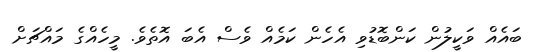
ބައެއް ވަކީލުން ކަންބޮޑުވި އެހެން ކަމެއް ވެސް އެބަ އޮތެވެ. މީހެއްގެ މައްޗަށް